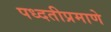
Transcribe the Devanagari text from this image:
पध्दतीप्रमाणे